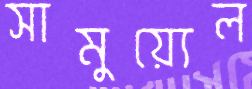
সামুয়্যেল